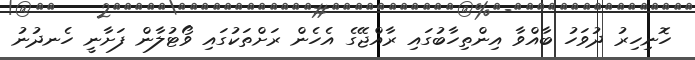
ހޮނިހިރު ދުވަހު ބާއްވާ އިންތިހާބުގައި ރާއްޖޭގެ އެހެން ރަށްތަކުގައި ވޯޓުލާން ފަށާނީ ހެނދުނު